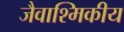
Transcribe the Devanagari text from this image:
जैवाश्मिकीय